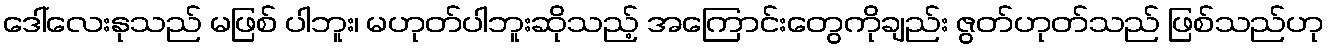
ဒေါ်လေးနုသည် မဖြစ် ပါဘူး၊ မဟုတ်ပါဘူးဆိုသည့် အကြောင်းတွေကိုချည်း ဇွတ်ဟုတ်သည် ဖြစ်သည်ဟု